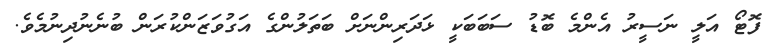
ފޮޓޯ އަލީ ނަސީރު އެންމެ ބޮޑު ސަބަބަކީ ޅަދަރިންނަށް ބަތަލުންގެ އަގުވަޒަންކުރަން ބުނެނުދިނުމެވެ.